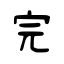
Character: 完